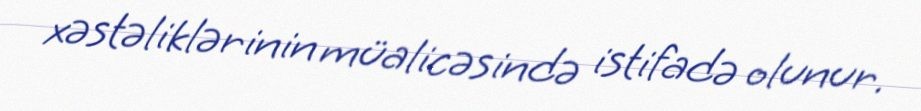
xəstəliklərinin müalicəsində istifadə olunur.